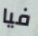
فيا